Vaccination in Burma 1900-1911 - 1900-1911
Year: 1900
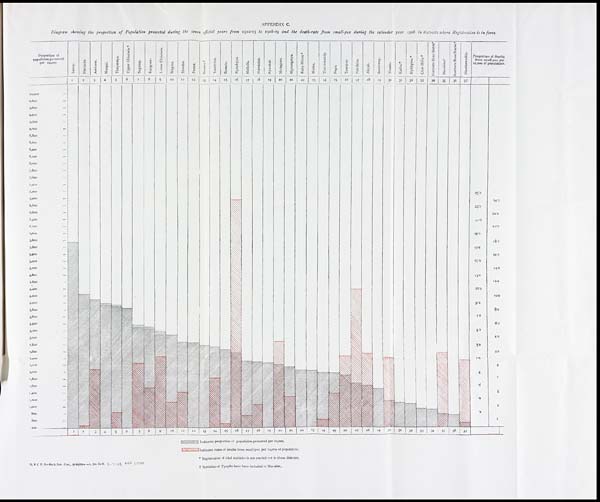
APPENDIX C.
Diagram showing the proportion of Population protected during the seven official years from 1902-03 to 1908-09 and the death-rate from small-pox during the calendar year 1908 in districts where Registration is in force.
G. B. C. P. O.-No.5,San, Com., 19-6-1909— —A.Jos. Do S. 3-7-09, 404 LITHO